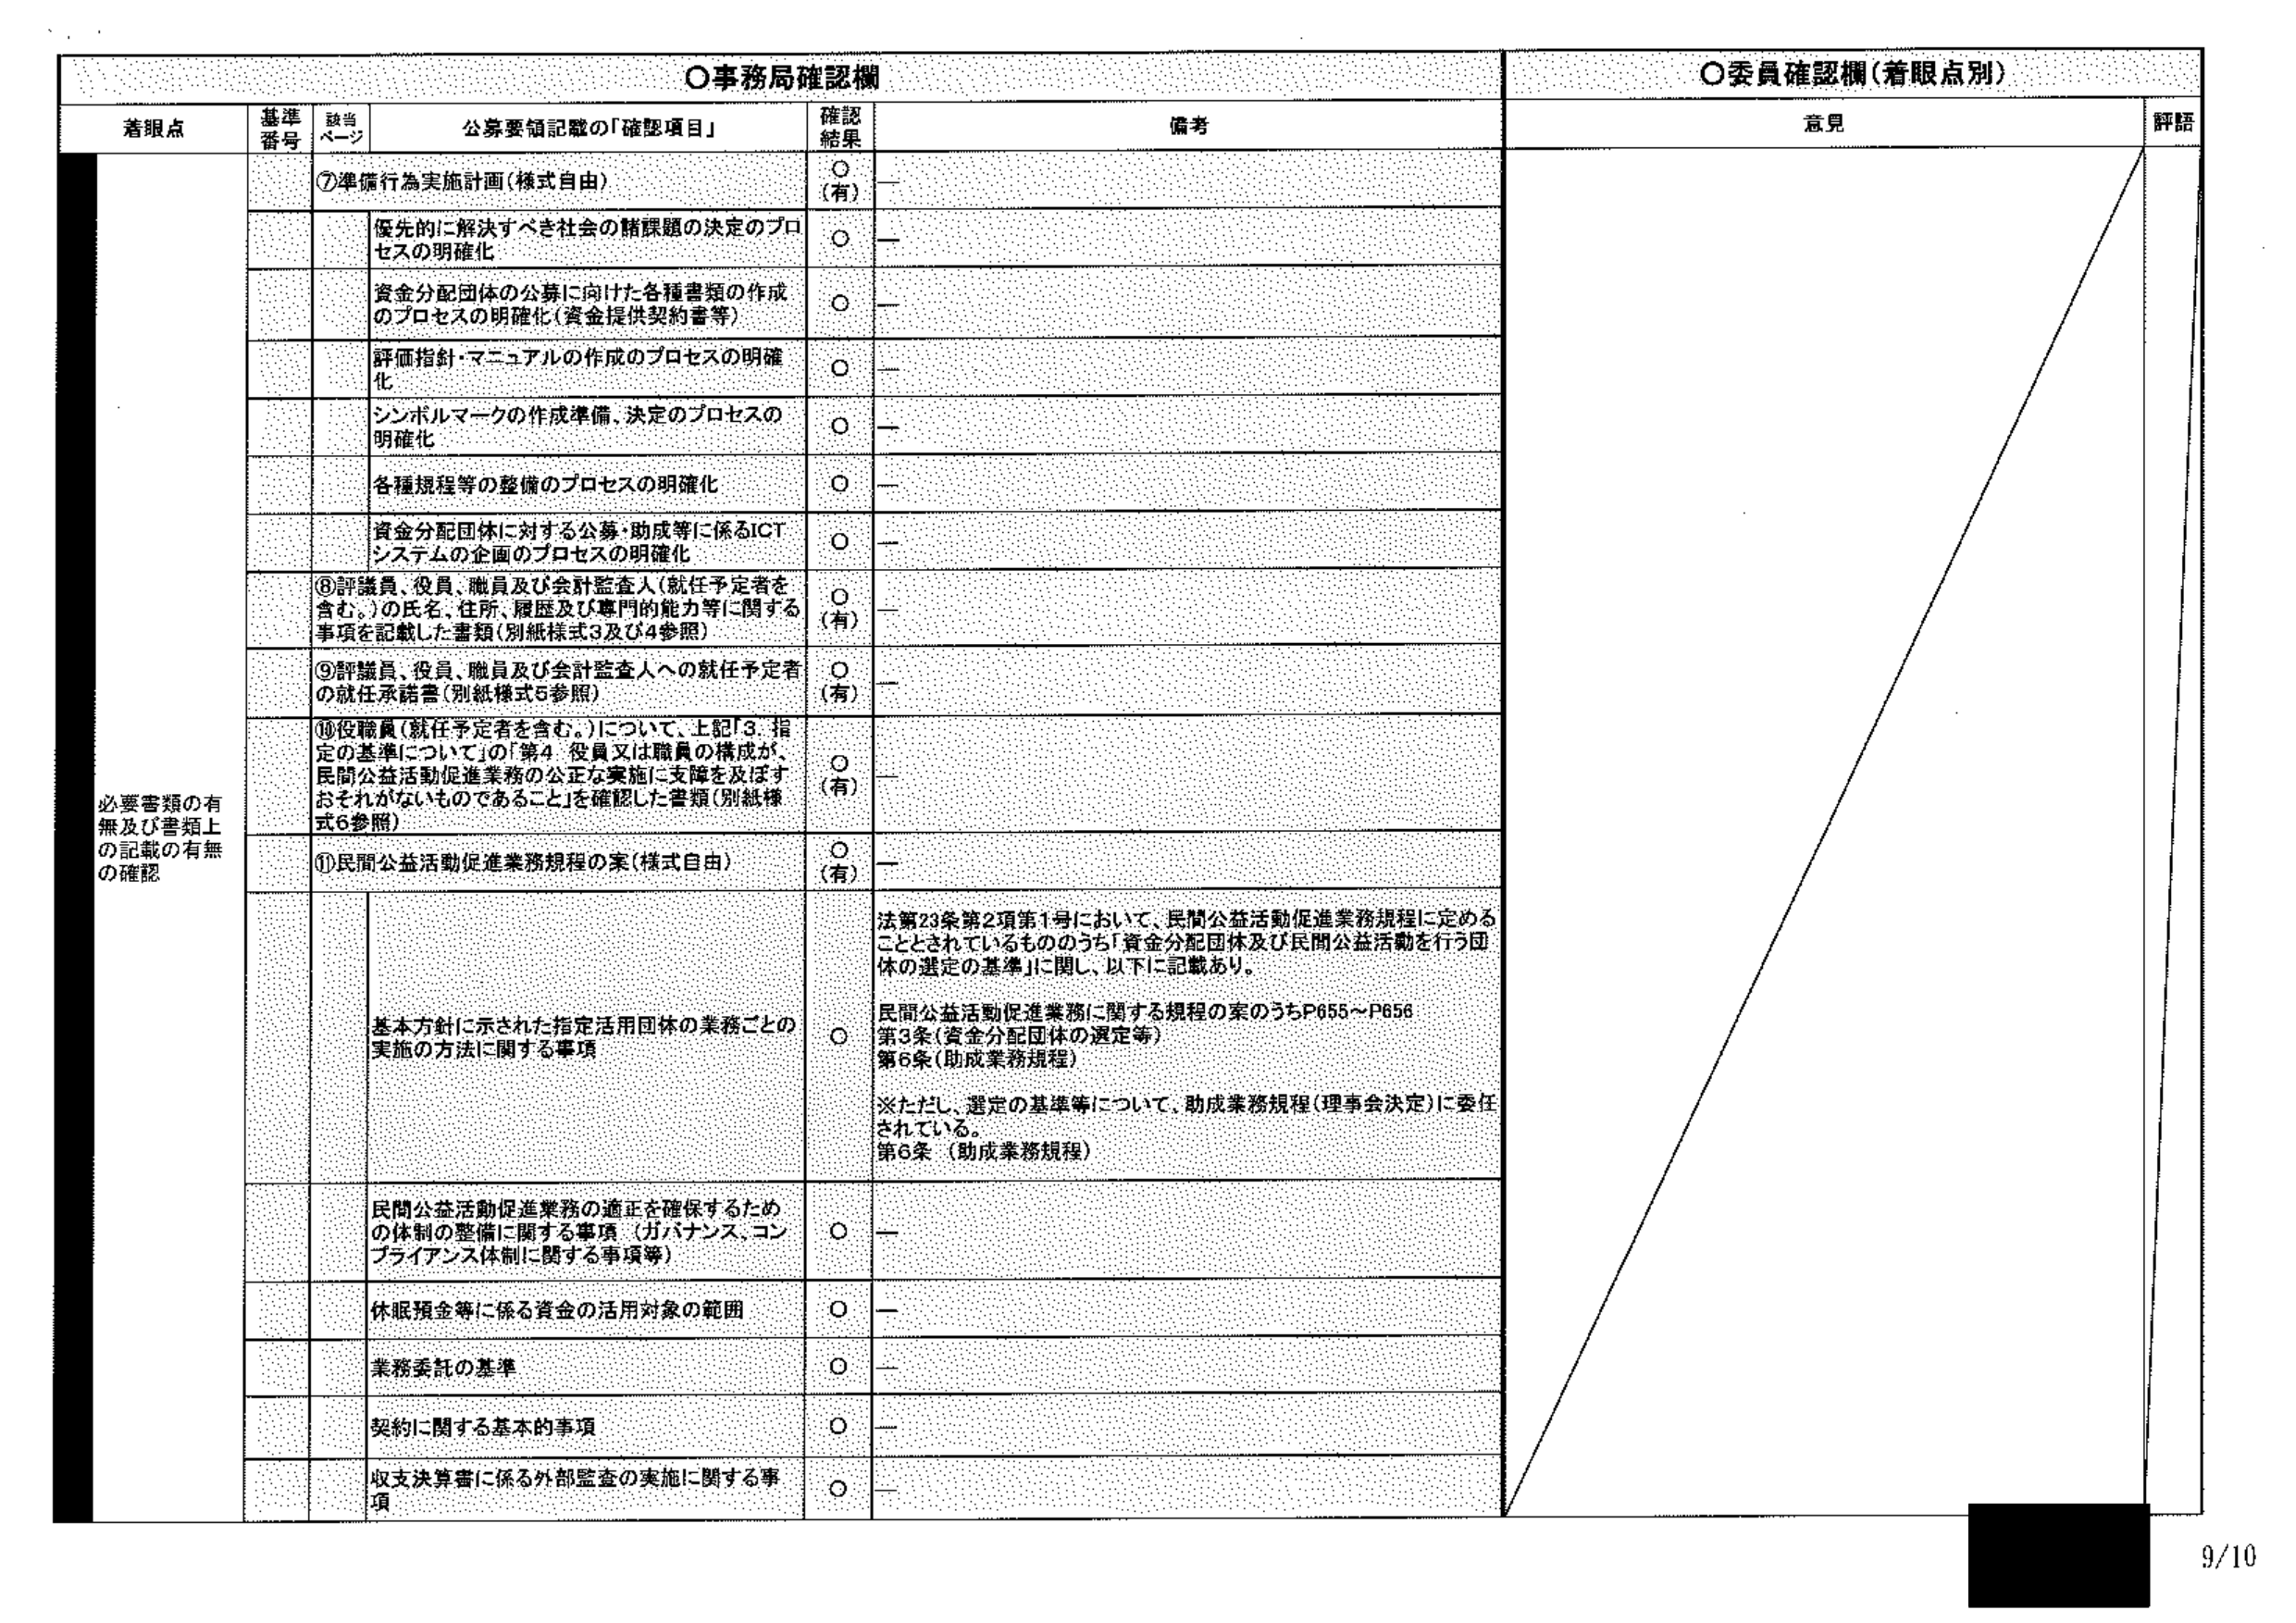
〇事務局確認欄
〇委員確認欄（着眼点別）

着眼点　　基準番号　　該当ページ　　公募要領記載の「確認項目」　　確認結果　　備考　　意見　　評語

必要書類の有無及び書類上の記載の有無の確認

⑦準備行為実施計画（様式自由）　　○（有）　　ー

優先的に解決すべき社会の諸課題の決定のプロセスの明確化　　○　　ー

資金分配団体の公募に向けた各種書類の作成のプロセスの明確化（資金提供契約書等）　　○　　ー

評価指針・マニュアルの作成のプロセスの明確化　　○　　ー

シンボルマークの作成準備、決定のプロセスの明確化　　○　　ー

各種規程等の整備のプロセスの明確化　　○　　ー

資金分配団体に対する公募・助成等に係るICTシステムの企画のプロセスの明確化　　○　　ー

⑧評議員、役員、職員及び会計監査人（就任予定者を含む。）の氏名、住所、履歴及び専門的能力等に関する事項を記載した書類（別紙様式3及び4参照）　　○（有）　　ー

⑨評議員、役員、職員及び会計監査人への就任予定者の就任承諾書（別紙様式5参照）　　○（有）　　ー

⑩役職員（就任予定者を含む。）について、上記「3. 指定の基準について」の「第4 役員又は職員の構成が、民間公益活動促進業務の公正な実施に支障を及ぼすおそれがないものであること」を確認した書類（別紙様式6参照）　　○（有）　　ー

⑪民間公益活動促進業務規程の案（様式自由）　　○（有）　　ー

基本方針に示された指定活用団体の業務ごとの実施の方法に関する事項　　○　　法第23条第2項第1号において、民間公益活動促進業務規程に定めることがされているもののうち「資金分配団体及び民間公益活動を行う団体の選定の基準」に関し、以下に記載あり。
民間公益活動促進業務に関する規程の案のうちP655～P656
第3条（資金分配団体の選定等）
第6条（助成業務規程）
※ただし、選定の基準等について、助成業務規程（理事会決定）に委任されている。
第6条（助成業務規程）

民間公益活動促進業務の適正を確保するための体制の整備に関する事項（ガバナンス、コンプライアンス体制に関する事項等）　　○　　ー

休眠預金等に係る資金の活用対象の範囲　　○　　ー

業務委託の基準　　○　　ー

契約に関する基本的事項　　○　　ー

収支決算書に係る外部監査の実施に関する事項　　○　　ー

9/10